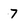
Character: 7